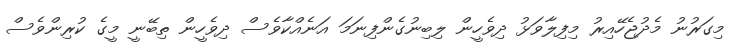
މިގަރުނު މެދުޖެހޭއިރު މިފިލާވަޅު ދިވެހީން ލިބިނުގެންފިނަމަ އަނެއްކާވެސް ދިވެހީން ތިބޭނީ މީގެ ކުރިންވެސް